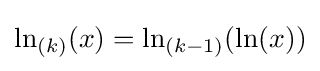
\ln _{(k)}(x)=\ln _{(k-1)}(\ln(x))